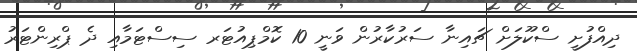
ދިއްފުށީ ސްކޫލަށް ޗައިނާ ސަރުކާރުން ވަނީ 10 ކޮމްޕިއުޓަރ ސިސްޓަމާއި ދެ ޕްރިންޓަރު